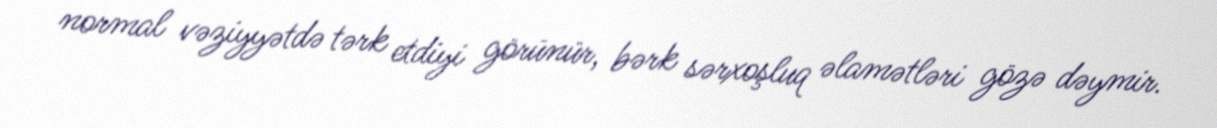
normal vəziyyətdə tərk etdiyi görünür, bərk sərxoşluq əlamətləri gözə dəymir.